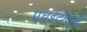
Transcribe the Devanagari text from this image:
एचईटीएसी